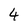
Character: 4